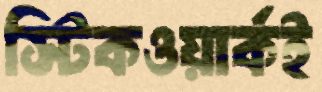
স্টিকওয়ার্কই